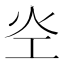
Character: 𰝷